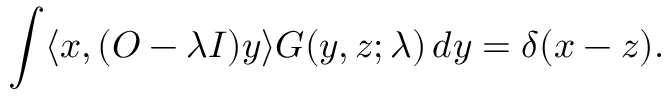
\int \langle x , ( O - \lambda I ) y \rangle G ( y , z ; \lambda ) \, d y = \delta ( x - z ) .